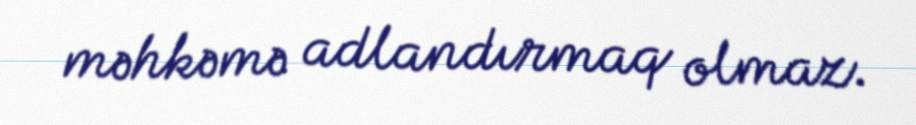
məhkəmə adlandırmaq olmaz.